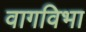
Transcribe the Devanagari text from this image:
वागविभा